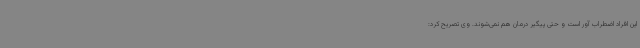
این افراد اضطراب آور است و حتی پیگیر درمان هم نمی‌شوند. وی تصریح کرد: